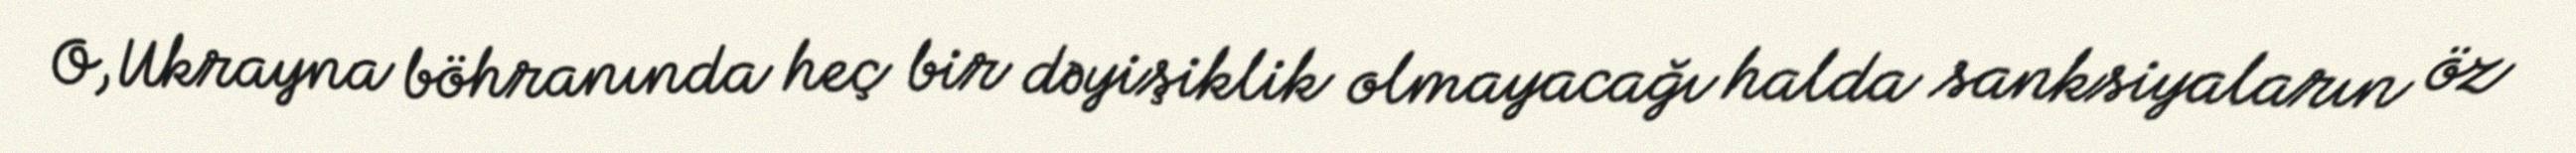
O, Ukrayna böhranında heç bir dəyişiklik olmayacağı halda sanksiyaların öz